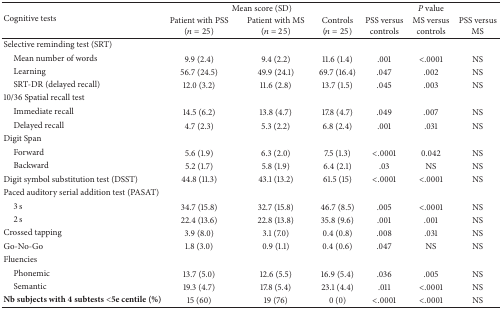
<table><thead><tr><td rowspan="2"><b>Cognitive tests</b></td><td colspan="3"><b>Mean score (SD)</b></td><td colspan="3"><b><i>P</i> value</b></td></tr><tr><td><b>Patient with PSS (<i>n</i> = 25)</b></td><td><b>Patient with MS (<i>n</i> = 25)</b></td><td><b>Controls (<i>n</i> = 25)</b></td><td><b>PSS versus controls</b></td><td><b>MS versus controls</b></td><td><b>PSS versus MS</b></td></tr></thead><tbody><tr><td>Selective reminding test (SRT)</td><td> </td><td> </td><td> </td><td> </td><td> </td><td> </td></tr><tr><td> Mean number of words</td><td>9.9 (2.4)</td><td>9.4 (2.2)</td><td>11.6 (1.4)</td><td>.001</td><td>&lt;.0001</td><td>NS</td></tr><tr><td> Learning</td><td>56.7 (24.5)</td><td>49.9 (24.1)</td><td>69.7 (16.4)</td><td>.047</td><td>.002</td><td>NS</td></tr><tr><td> SRT-DR (delayed recall)</td><td>12.0 (3.2)</td><td>11.6 (2.8)</td><td>13.7 (1.5)</td><td>.045</td><td>.003</td><td>NS</td></tr><tr><td>10/36 Spatial recall test</td><td> </td><td> </td><td> </td><td> </td><td> </td><td> </td></tr><tr><td> Immediate recall</td><td>14.5 (6.2)</td><td>13.8 (4.7)</td><td>17.8 (4.7)</td><td>.049</td><td>.007</td><td>NS</td></tr><tr><td> Delayed recall</td><td>4.7 (2.3)</td><td>5.3 (2.2)</td><td>6.8 (2.4)</td><td>.001</td><td>.031</td><td>NS</td></tr><tr><td>Digit Span</td><td> </td><td> </td><td> </td><td> </td><td> </td><td> </td></tr><tr><td> Forward</td><td>5.6 (1.9)</td><td>6.3 (2.0)</td><td>7.5 (1.3)</td><td>&lt;.0001</td><td>0.042</td><td>NS</td></tr><tr><td> Backward</td><td>5.2 (1.7)</td><td>5.8 (1.9)</td><td>6.4 (2.1)</td><td>.03</td><td>NS</td><td>NS</td></tr><tr><td>Digit symbol substitution test (DSST)</td><td>44.8 (11.3)</td><td>43.1 (13.2)</td><td>61.5 (15)</td><td>&lt;.0001</td><td>&lt;.0001</td><td>NS</td></tr><tr><td>Paced auditory serial addition test (PASAT)</td><td> </td><td> </td><td> </td><td> </td><td> </td><td> </td></tr><tr><td> 3 s</td><td>34.7 (15.8)</td><td>32.7 (15.8)</td><td>46.7 (8.5)</td><td>.005</td><td>&lt;.0001</td><td>NS</td></tr><tr><td> 2 s</td><td>22.4 (13.6)</td><td>22.8 (13.8)</td><td>35.8 (9.6)</td><td>.001</td><td>.001</td><td>NS</td></tr><tr><td>Crossed tapping</td><td>3.9 (8.0)</td><td>3.1 (7.0)</td><td>0.4 (0.8)</td><td>.008</td><td>.031</td><td>NS</td></tr><tr><td>Go-No-Go</td><td>1.8 (3.0)</td><td>0.9 (1.1)</td><td>0.4 (0.6)</td><td>.047</td><td>NS</td><td>NS</td></tr><tr><td>Fluencies</td><td> </td><td> </td><td> </td><td> </td><td> </td><td> </td></tr><tr><td> Phonemic</td><td>13.7 (5.0)</td><td>12.6 (5.5)</td><td>16.9 (5.4)</td><td>.036</td><td>.005</td><td>NS</td></tr><tr><td> Semantic</td><td>19.3 (4.7)</td><td>17.8 (5.4)</td><td>23.1 (4.4)</td><td>.011</td><td>&lt;.0001</td><td>NS</td></tr><tr><td><b>Nb subjects with 4 subtests &lt;5e centile (%)</b></td><td>15 (60)</td><td>19 (76)</td><td>0 (0)</td><td>&lt;.0001</td><td>&lt;.0001</td><td>NS</td></tr></tbody></table>